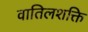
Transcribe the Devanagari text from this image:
वातिलशक्ति